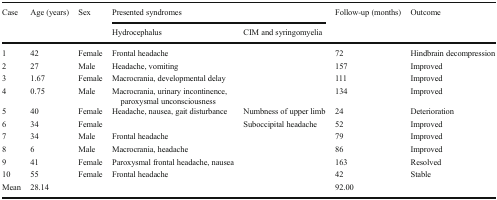
<table><thead><tr><td rowspan="2"><b>Case</b></td><td rowspan="2"><b>Age (years)</b></td><td rowspan="2"><b>Sex</b></td><td colspan="2"><b>Presented syndromes</b></td><td rowspan="2"><b>Follow-up (months)</b></td><td rowspan="2"><b>Outcome</b></td></tr><tr><td><b>Hydrocephalus</b></td><td><b>CIM and syringomyelia</b></td></tr></thead><tbody><tr><td>1</td><td>42</td><td>Female</td><td>Frontal headache</td><td></td><td>72</td><td>Hindbrain decompression</td></tr><tr><td>2</td><td>27</td><td>Male</td><td>Headache, vomiting</td><td></td><td>157</td><td>Improved</td></tr><tr><td>3</td><td>1.67</td><td>Female</td><td>Macrocrania, developmental delay</td><td></td><td>111</td><td>Improved</td></tr><tr><td>4</td><td>0.75</td><td>Male</td><td>Macrocrania, urinary incontinence, paroxysmal unconsciousness</td><td></td><td>134</td><td>Improved</td></tr><tr><td>5</td><td>40</td><td>Female</td><td>Headache, nausea, gait disturbance</td><td>Numbness of upper limb</td><td>24</td><td>Deterioration</td></tr><tr><td>6</td><td>34</td><td>Female</td><td></td><td>Suboccipital headache</td><td>52</td><td>Improved</td></tr><tr><td>7</td><td>34</td><td>Male</td><td>Frontal headache</td><td></td><td>79</td><td>Improved</td></tr><tr><td>8</td><td>6</td><td>Male</td><td>Macrocrania, headache</td><td></td><td>86</td><td>Improved</td></tr><tr><td>9</td><td>41</td><td>Female</td><td>Paroxysmal frontal headache, nausea</td><td></td><td>163</td><td>Resolved</td></tr><tr><td>10</td><td>55</td><td>Female</td><td>Frontal headache</td><td></td><td>42</td><td>Stable</td></tr><tr><td>Mean</td><td>28.14</td><td></td><td></td><td></td><td>92.00</td><td></td></tr></tbody></table>